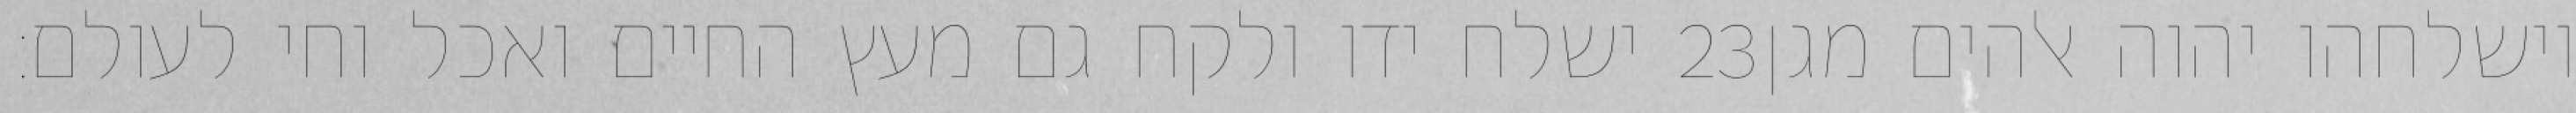
ישלח ידו ולקח גם מעץ החיים ואכל וחי לעולם׃ ‎23‏ וישלחהו יהוה אלהים מגן